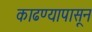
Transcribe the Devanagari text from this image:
काढण्यापासून